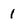
Character: 1